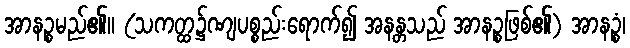
အာနဉ္စမည်၏။ (သကတ္ထ၌ဏျပစ္စည်းရောက်၍ အနန္တသည် အာနဉ္စဖြစ်၏) အာနဉ္စံ၊